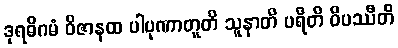
ဒုရဓိဂမံ ဝိဇာနထ ပါပုဏာတူတိ သူနာတိ ပရီတိ ဝိပဿီတိ